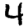
Digit: 4